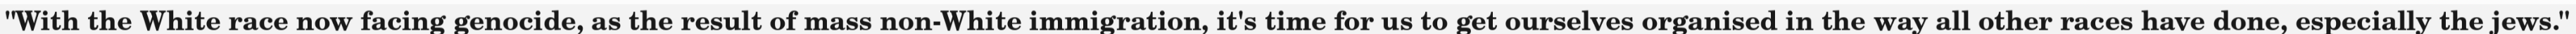
"With the White race now facing genocide, as the result of mass non-White immigration, it's time for us to get ourselves organised in the way all other races have done, especially the jews."